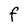
Character: F